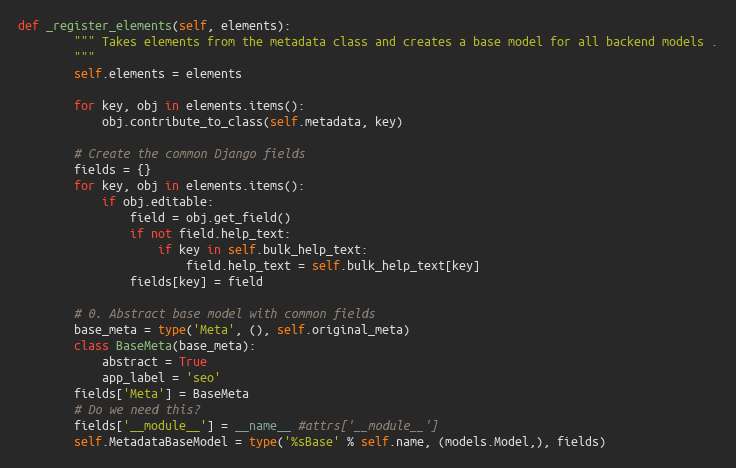
Language: Python
def _register_elements(self, elements):
        """ Takes elements from the metadata class and creates a base model for all backend models .
        """
        self.elements = elements

        for key, obj in elements.items():
            obj.contribute_to_class(self.metadata, key)

        # Create the common Django fields
        fields = {}
        for key, obj in elements.items():
            if obj.editable:
                field = obj.get_field()
                if not field.help_text:
                    if key in self.bulk_help_text:
                        field.help_text = self.bulk_help_text[key]
                fields[key] = field

        # 0. Abstract base model with common fields
        base_meta = type('Meta', (), self.original_meta)
        class BaseMeta(base_meta):
            abstract = True
            app_label = 'seo'
        fields['Meta'] = BaseMeta
        # Do we need this?
        fields['__module__'] = __name__ #attrs['__module__']
        self.MetadataBaseModel = type('%sBase' % self.name, (models.Model,), fields)